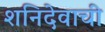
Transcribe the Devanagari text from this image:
शनिदेवाची